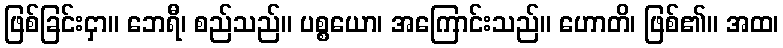
ဖြစ်ခြင်းငှာ။ ဘေရီ၊ စည်သည်။ ပစ္စယော၊ အကြောင်းသည်။ ဟောတိ၊ ဖြစ်၏။ အထ၊